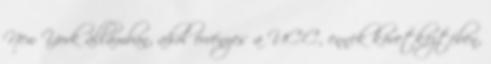
New York államban, ahol érvényes a UCC, ennek következtében,